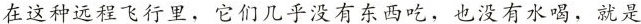
在这种远程飞行里，它们几乎没有东西吃，也没有水喝，就是